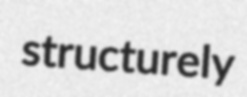
structurely